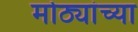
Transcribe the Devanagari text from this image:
मोठ्यांच्या